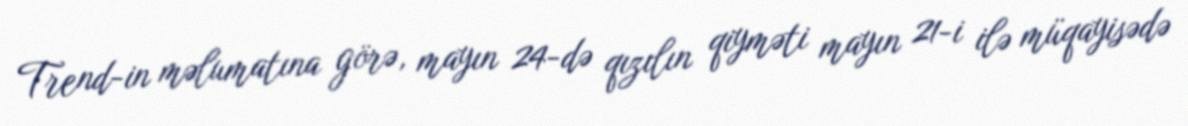
Trend-in məlumatına görə, mayın 24-də qızılın qiyməti mayın 21-i ilə müqayisədə